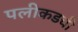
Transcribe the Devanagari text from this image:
पलीकडची